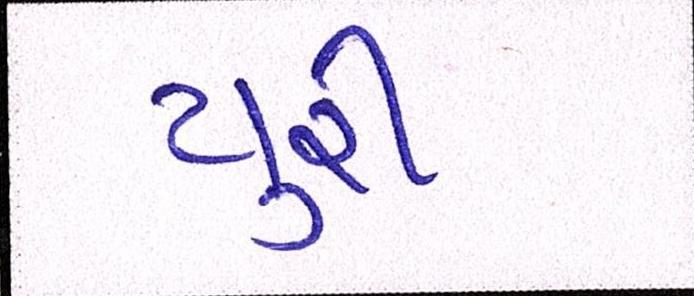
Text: યુરી